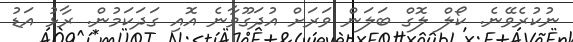
ނުކުރެވޭނެ. ކޯލް ލޮގް ބަލަން ވަރަށް އުދަގޫވާނެ އޮއި ގަދަކަމުން. ރާޅު އަޑު